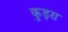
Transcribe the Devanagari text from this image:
कुड़रा